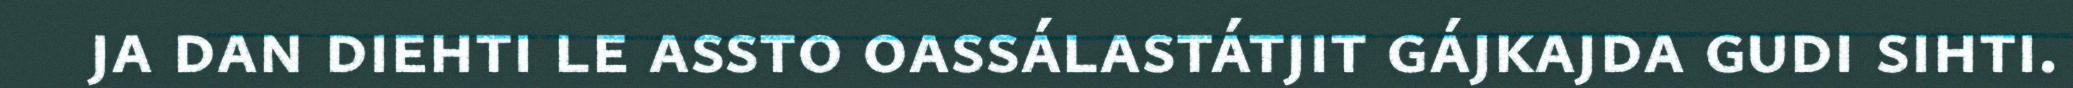
ja dan diehti le assto oassálastátjit gájkajda gudi sihti.